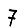
Digit: 7